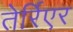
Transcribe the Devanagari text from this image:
तेर्रिएर